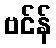
ဗင်န်